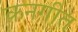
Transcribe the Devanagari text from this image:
कनगीत